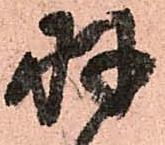
羽